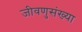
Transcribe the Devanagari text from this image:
जीवणुसंख्या